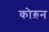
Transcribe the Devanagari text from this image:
कोऱुन